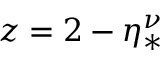
z = 2 - \eta _ { * } ^ { \nu }